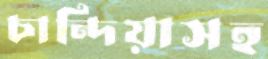
চান্দিয়াসহ